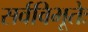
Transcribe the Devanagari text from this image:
सर्वविभूतेः